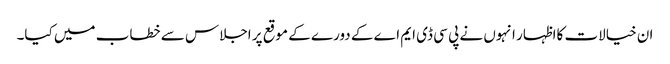
ان خیالات کااظہار انہوں نے پی سی ڈی ایم اے کے دورے کے موقع پر اجلاس سے خطاب میں کیا۔